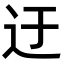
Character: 迂